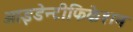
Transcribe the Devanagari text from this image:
आइडेन्टीफिकेशन